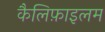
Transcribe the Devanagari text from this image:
कैलिफ़ाइलम